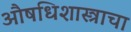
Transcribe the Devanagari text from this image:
औषधिशास्त्राचा